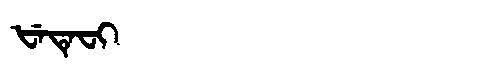
Manchu: ᡶᡝᡨᡝᠸᡳ
Romanization: FETEFI